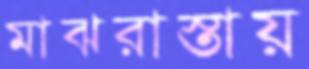
মাঝরাস্তায়